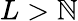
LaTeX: L>\mathbb{N}